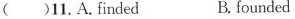
()11.A.finded B.founded